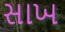
સાખ